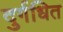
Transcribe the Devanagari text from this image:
दुर्गधित